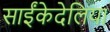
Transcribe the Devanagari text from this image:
साईंकेदेलिया